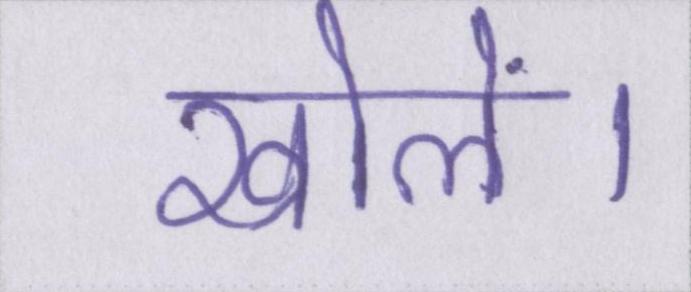
खोलें।